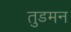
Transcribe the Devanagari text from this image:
तुडमन